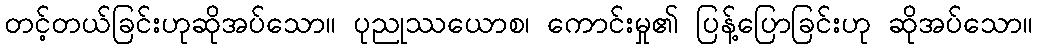
တင့်တယ်ခြင်းဟုဆိုအပ်သော။ ပုညုဿယောစ၊ ကောင်းမှု၏ ပြန့်ပြောခြင်းဟု ဆိုအပ်သော။